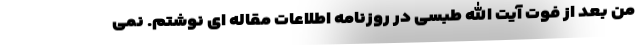
من بعد از فوت آیت الله طبسی در روزنامه اطلاعات مقاله ای نوشتم. نمی